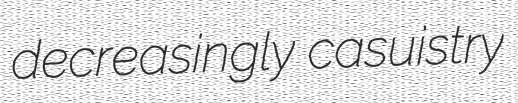
decreasingly casuistry